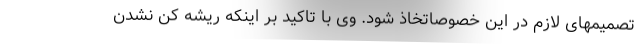
تصمیمهای لازم در این خصوصاتخاذ شود. وی با تاکید بر اینکه ریشه کن نشدن